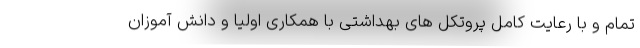
تمام و با رعایت کامل پروتکل های بهداشتی با همکاری اولیا و دانش آموزان